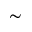
\sim